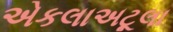
એકલાઅટૂલા